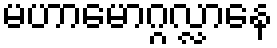
မဟာမောဂ္ဂလ္လာနေ